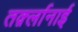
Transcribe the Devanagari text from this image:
तर्क़्लानाई